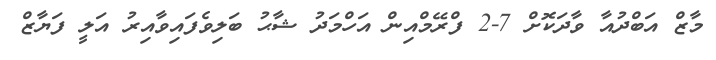
މާޒް އަބްދުއާ ވާދަކޮށް 7-2 ފްރޭމްއިން އަހްމަދު ޝާޙު ބަލިވެފައިވާއިރު އަލީ ފަޔާޒް